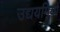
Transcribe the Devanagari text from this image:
उद्ययमियों